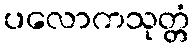
ပလောကသုတ္တံ